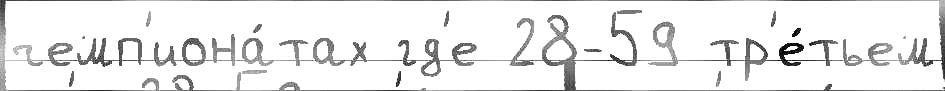
чемп'иона́тах гд'е 28-59 тр'е́тьем